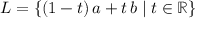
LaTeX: L = \{ ( 1 - t ) \, a + t \, b \mid t \in \mathbb { R } \}